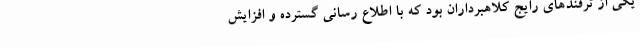
یکی از ترفندهای رایج کلاهبرداران بود که با اطلاع رسانی گسترده و افزایش